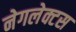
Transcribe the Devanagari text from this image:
नेगलेक्टस